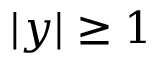
\vert y \vert \ge 1